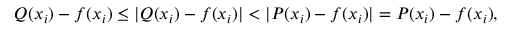
Q ( x _ { i } ) - f ( x _ { i } ) \leq | Q ( x _ { i } ) - f ( x _ { i } ) | < | P ( x _ { i } ) - f ( x _ { i } ) | = P ( x _ { i } ) - f ( x _ { i } ) ,